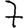
Digit: 7